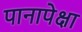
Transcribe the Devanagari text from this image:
पानापेक्षा